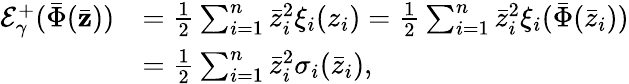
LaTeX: \begin{array}{rl}{\mathcal{E}_{\gamma}^{+}(\bar{\Phi}(\bar{\mathbf{z}}))}&{=\frac{1}{2}\sum_{i=1}^{n}\bar{z}_{i}^{2}\xi_{i}(z_{i})=\frac{1}{2}\sum_{i=1}^{n}\bar{z}_{i}^{2}\xi_{i}(\bar{\Phi}(\bar{z}_{i}))}\\ &{=\frac{1}{2}\sum_{i=1}^{n}\bar{z}_{i}^{2}\sigma_{i}(\bar{z}_{i}),}\end{array}